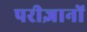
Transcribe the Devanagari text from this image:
परीज्ञानों